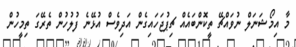
މާ އިމޯޝަނަލް ނުވައްޗޭ ތީކޮންބައެއް ޗިޕުޖަހައިގެން އަދިވެސް އުޅޭނެ ފުލުހުން ތެރޭގަ ތިމީހުން